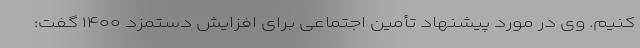
کنیم. وی در مورد پیشنهاد تأمین اجتماعی برای افزایش دستمزد ۱۴۰۰ گفت: